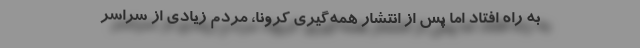
به راه افتاد اما پس از انتشار همه‌گیری کرونا، مردم زیادی از سراسر